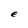
Character: E